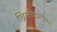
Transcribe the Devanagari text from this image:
ख्रिस्तीधर्माच्या